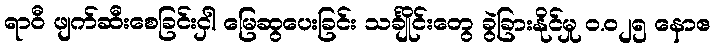
ရာဝီ ဖျက်ဆီးစေခြင်းငှါ မြေဆွပေးခြင်း သင်္ချိုင်းတွေ ခွဲခြားနိုင်မှု ၀.၀၂၅ နောဧ